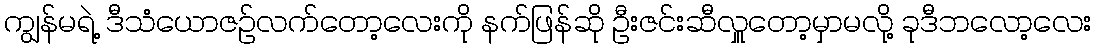
ကျွန်မရဲ့ ဒီသံယောဇဉ်လက်တော့လေးကို နက်ဖြန်ဆို ဦးဇင်းဆီလှူတော့မှာမလို့ ခုဒီဘလော့လေး